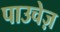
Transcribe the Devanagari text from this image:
पाउचेज़